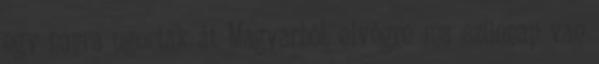
egy napra ugortak át Magyarból, elvégre ma szünnap van